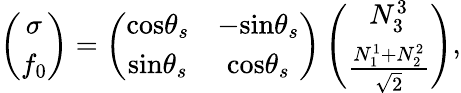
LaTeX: \left(\begin{array}{c}{{\sigma}}\\ {{f_{0}}}\end{array}\right)=\left(\begin{array}{cc}{{\mathrm{cos}\theta_{s}}}&{{-\mathrm{sin}\theta_{s}}}\\ {{\mathrm{sin}\theta_{s}}}&{{\mathrm{cos}\theta_{s}}}\end{array}\right)\left(\begin{array}{c}{{N_{3}^{3}}}\\ {{\frac{N_{1}^{1}+N_{2}^{2}}{\sqrt 2}}}\end{array}\right),